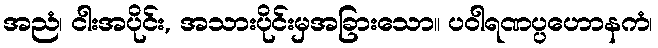
အညံ၊ ငါးအပိုင်း, အသားပိုင်းမှအခြားသော။ ပဝါရဏပ္ပဟောနကံ၊